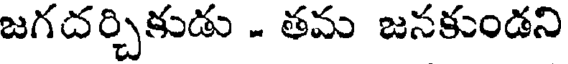
జగదర్చికుడు - తమ జనకుండని